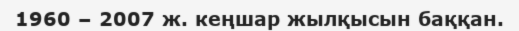
1960 – 2007 ж. кеңшар жылқысын баққан.